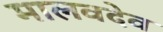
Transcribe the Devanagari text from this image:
मालवदेव